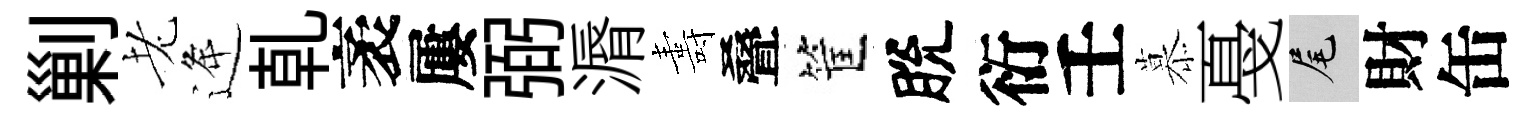
剿老逄乹袤屢弼漘夀叠筐脫衍壬慕戞尾財缶